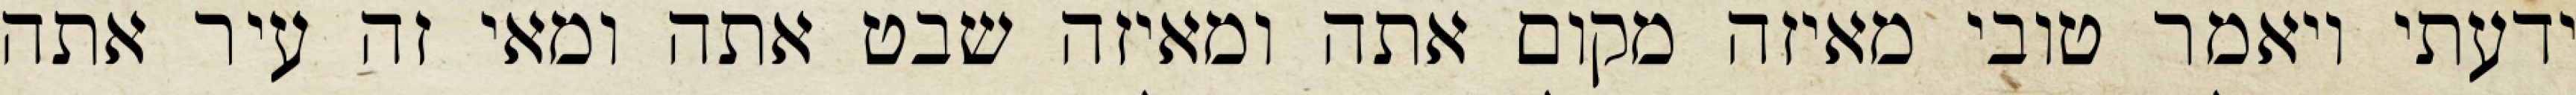
ידעתי ויאמר טובי מאיזה מקום אתה ומאיזה שבט אתה ומאי זה עיר אתה